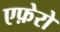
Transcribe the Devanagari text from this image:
एफ़ेरो